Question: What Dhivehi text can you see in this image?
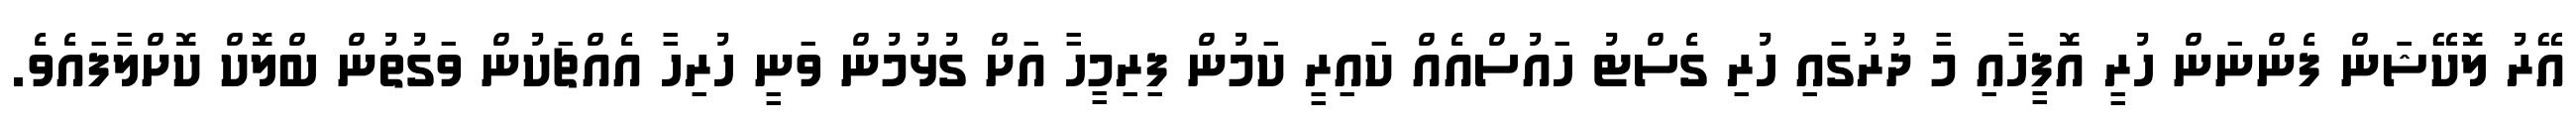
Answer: އޭރު ލޮކޭޝަަން ފެންނަން ހުރީ އޮފީހާއި މާ ދުރުގައި ހުރި ގެސްޓު ހައުސްއެއް ކައިރީ ކަމުން ފިރިމީހާ އަށް ގުޅުމުން ވަނީ ހުރިހާ އެއްޗަކުން ވަގުތުން ބްލޮކް ކޮށްލާފައެވެ.